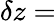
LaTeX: \delta z=